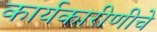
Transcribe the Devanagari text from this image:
कार्यकारीणीचे